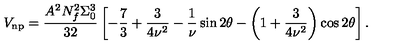
V _ { \mathrm { n p } } = \frac { A ^ { 2 } N _ { f } ^ { 2 } \Sigma _ { 0 } ^ { 3 } } { 3 2 } \left[ - { \frac { 7 } { 3 } } + \frac { 3 } { 4 \nu ^ { 2 } } - { \frac { 1 } { \nu } } \sin { 2 \theta } - \left( 1 + \frac { 3 } { 4 \nu ^ { 2 } } \right) \cos { 2 \theta } \right] .